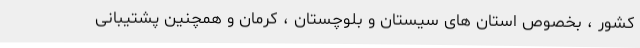
کشور ، بخصوص استان های سیستان و بلوچستان ، کرمان و همچنین پشتیبانی